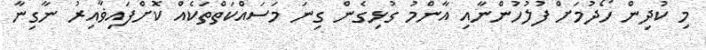
މި ކުދިން ހޯދުމަށް ފުލުހުންނާއި އާންމު ގުޅިގެން ގިނަ މަސައްކަތްތަކެއް ކޮށްފައިޥާއިރު ނާގިނާ